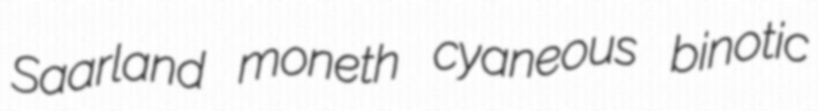
Saarland moneth cyaneous binotic